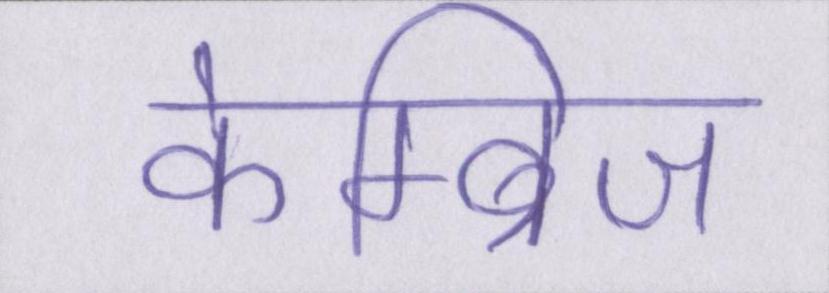
केम्ब्रिज